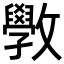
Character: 斆